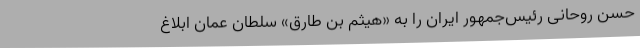
حسن روحانی رئیس‌جمهور ایران را به «هیثم بن طارق» سلطان عمان ابلاغ